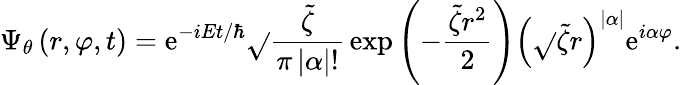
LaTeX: \Psi_{\theta}\left(r,\varphi,t\right)=\mathrm{e}^{-iEt/\hbar}\sqrt{}{{\frac{{\tilde{{\zeta}}}}{{\pi\left|\alpha\right|!}}}}\exp\left(-\frac{{\tilde{{\zeta}}r^{2}}}{{2}}\right)\left(\sqrt{}{{\tilde{{\zeta}}}}r\right)^{\left|\alpha\right|}\mathrm{e}^{i\alpha\varphi}.